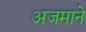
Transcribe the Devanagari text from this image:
अजमाने